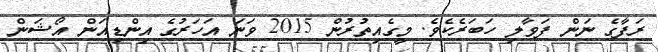
ރަފާގެ ނަން ފަވާލި ހަބަރެކެވެ. މީގެއިތުރުން 2015 ވަނަ އަހަރުގެ އިންޑިއަން އޯޝަން